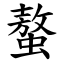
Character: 螯